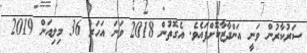
ސަރުކާރުން ވަނީ އަންދާޒާކޮށްފައެވެ. އެގޮތުން 2018 ވަަނަ އަހަރު 36 މިލިއަން 2019